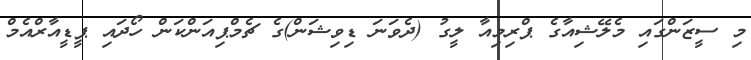
މި ސީޒަންގައި މެލޭޝިއާގެ ޕްރިމިއާ ލީގު (ދެވަނަ ޑިވިޝަން)ގެ ޗެމްޕިއަންކަން ހޯދައި ޕީޑީއާރްއެމް